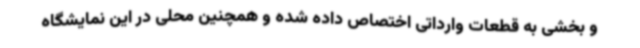
و بخشی به قطعات وارداتی اختصاص داده شده و همچنین محلی در این نمایشگاه